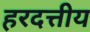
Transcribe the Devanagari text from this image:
हरदत्तीय